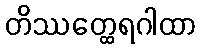
တိဿတ္ထေရဂါထာ